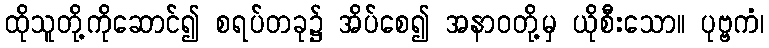
ထိုသူတို့ကိုဆောင်၍ စရပ်တခု၌ အိပ်စေ၍ အနာဝတို့မှ ယိုစီးသော။ ပုဗ္ဗကံ၊